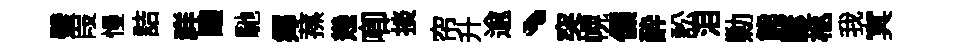
璧叚慢詰祥醸馳鄊蓀幾唧掞帘升逾、突幌㒒酔訟泪勦熊諺柩我㝠